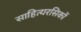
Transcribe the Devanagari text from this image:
साहित्यरसिकों